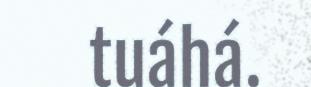
tuáhá.